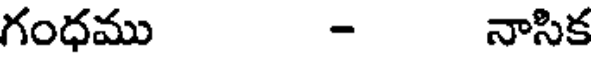
గంధము - నాసిక